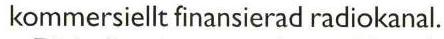
kommersiellt finansierad radiokanal.